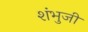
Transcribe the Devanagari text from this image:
शंभुजी